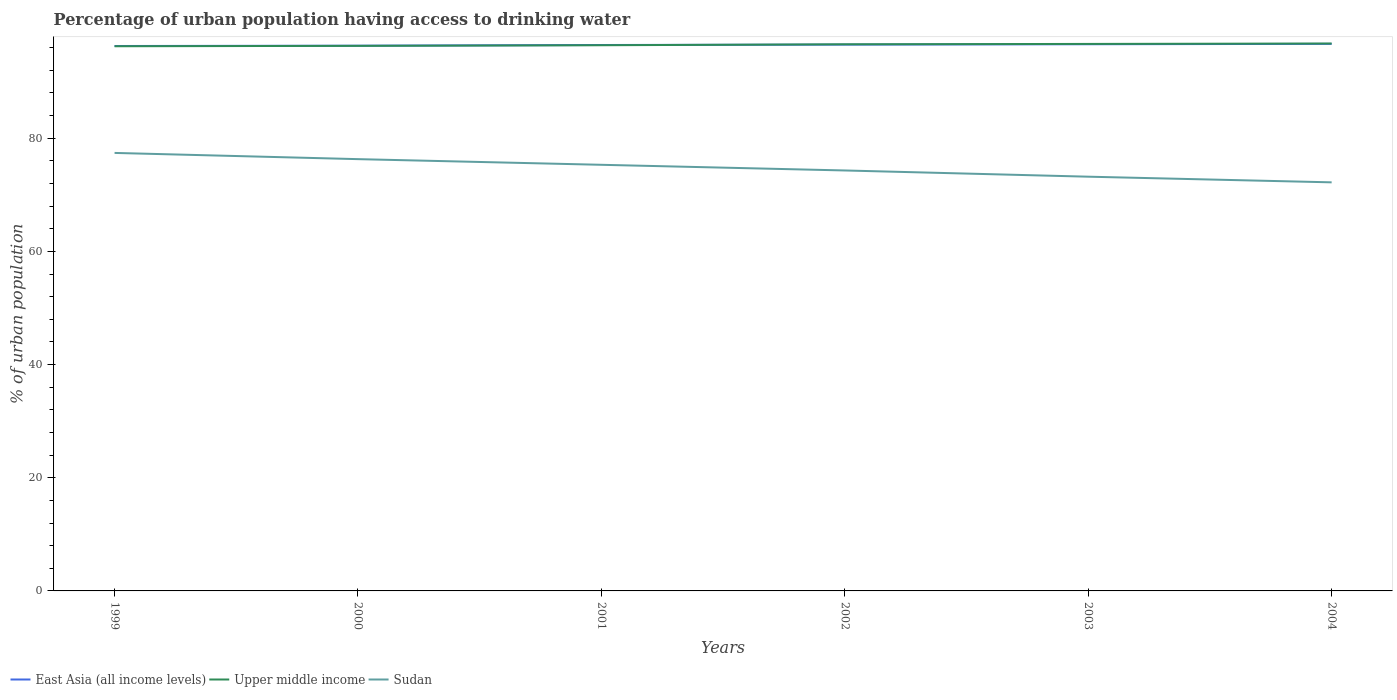
| Years | East Asia (all income levels) | Upper middle income | Sudan |
 | --- | --- | --- | --- |
 | 1999 | 96.3 | 96.2 | 77.4 |
 | 2000 | 96.3 | 96.3 | 76.3 |
 | 2001 | 96.5 | 96.4 | 75.3 |
 | 2002 | 96.5 | 96.6 | 74.3 |
 | 2003 | 96.6 | 96.7 | 73.2 |
 | 2004 | 96.7 | 96.7 | 72.2 |